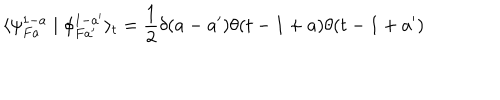
LaTeX: \langle \psi _ { F a } ^ { 1 - a } \mid \phi _ { F a ^ { \prime } } ^ { 1 - a ^ { \prime } } \rangle _ { t } = \frac { 1 } { 2 } \delta ( a - a ^ { \prime } ) \theta ( t - 1 + a ) \theta ( t - 1 + a ^ { \prime } )